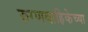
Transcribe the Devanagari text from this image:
रुग्णवाहिकेच्या